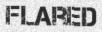
FLARED